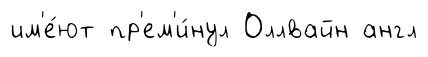
им'е́ют пр'ем'и́нул Оллвайн англ